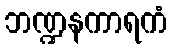
ဘဏ္ဍနကာရကံ